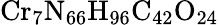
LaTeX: \mathrm{Cr_{7}N_{66}H_{96}C_{42}O_{24}}